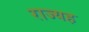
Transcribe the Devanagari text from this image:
राज्यह